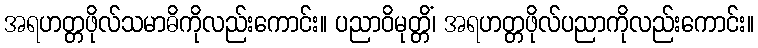
အရဟတ္တဖိုလ်သမာဓိကိုလည်းကောင်း။ ပညာဝိမုတ္တိံ၊ အရဟတ္တဖိုလ်ပညာကိုလည်းကောင်း။